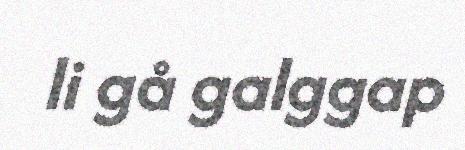
li gå galggap